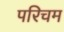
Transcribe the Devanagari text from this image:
परिचम